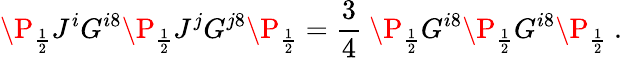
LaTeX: \P_{\frac{1}{2}}J^{i}G^{i8}\P_{\frac{1}{2}}J^{j}G^{j8}\P_{\frac{1}{2}}={\frac{3}{4}}\ \P_{\frac{1}{2}}G^{i8}\P_{\frac{1}{2}}G^{i8}\P_{\frac{1}{2}}\ .